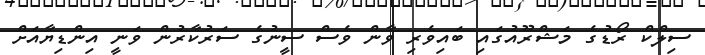
ސިލްކް ރޯޑުގެ މަޝްރޫއުގައި ބައިވެރި ވާން ވެސް ސީނުގެ ސަރުކާރުން ވަނީ އިންޑިޔާއަށް